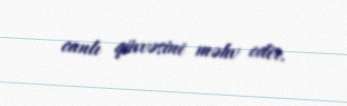
canlı qüvvəsini məhv edir.